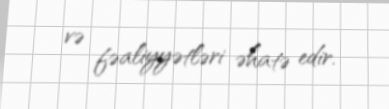
və fəaliyyətləri əhatə edir.